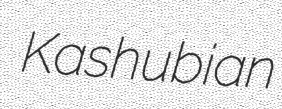
Kashubian